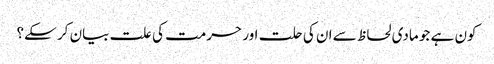
کون ہے جو مادی لحاظ سے ان کی حلت اور حرمت کی علت بیان کر سکے؟